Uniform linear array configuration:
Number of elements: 12
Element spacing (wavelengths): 1
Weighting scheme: hamming
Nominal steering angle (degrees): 30
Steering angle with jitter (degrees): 28.622
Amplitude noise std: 0.05
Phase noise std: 0.05

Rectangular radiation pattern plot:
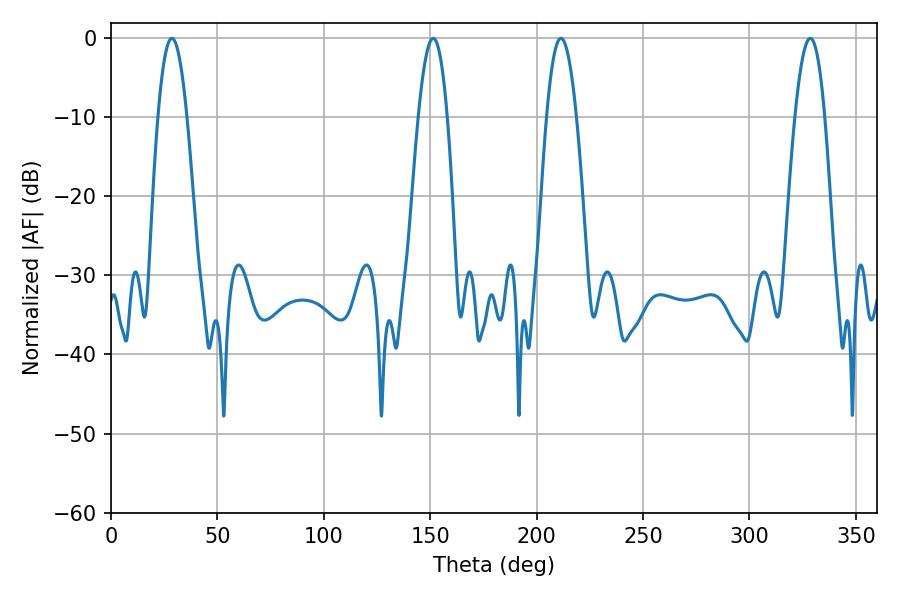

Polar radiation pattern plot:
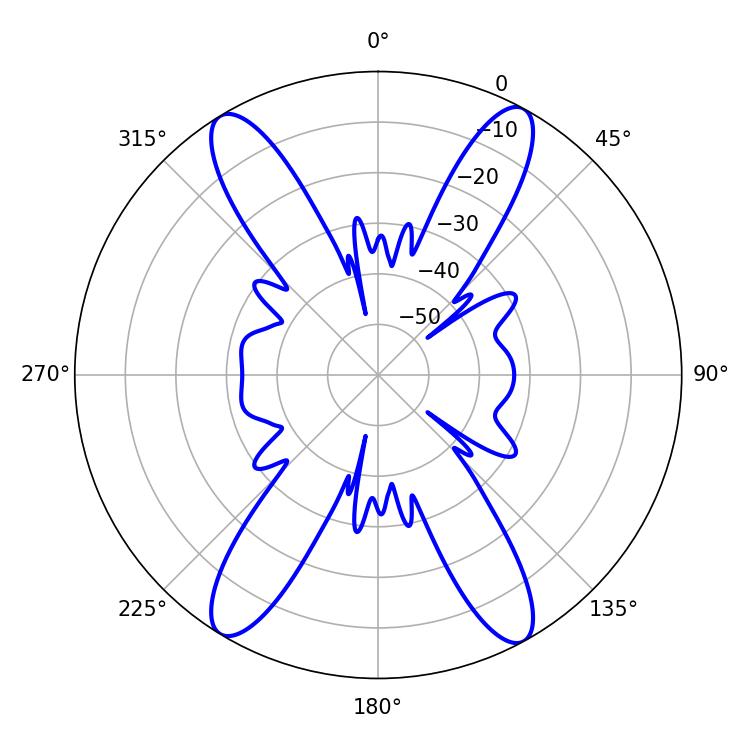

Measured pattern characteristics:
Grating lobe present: TRUE
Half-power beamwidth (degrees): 7.38
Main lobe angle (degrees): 28.62